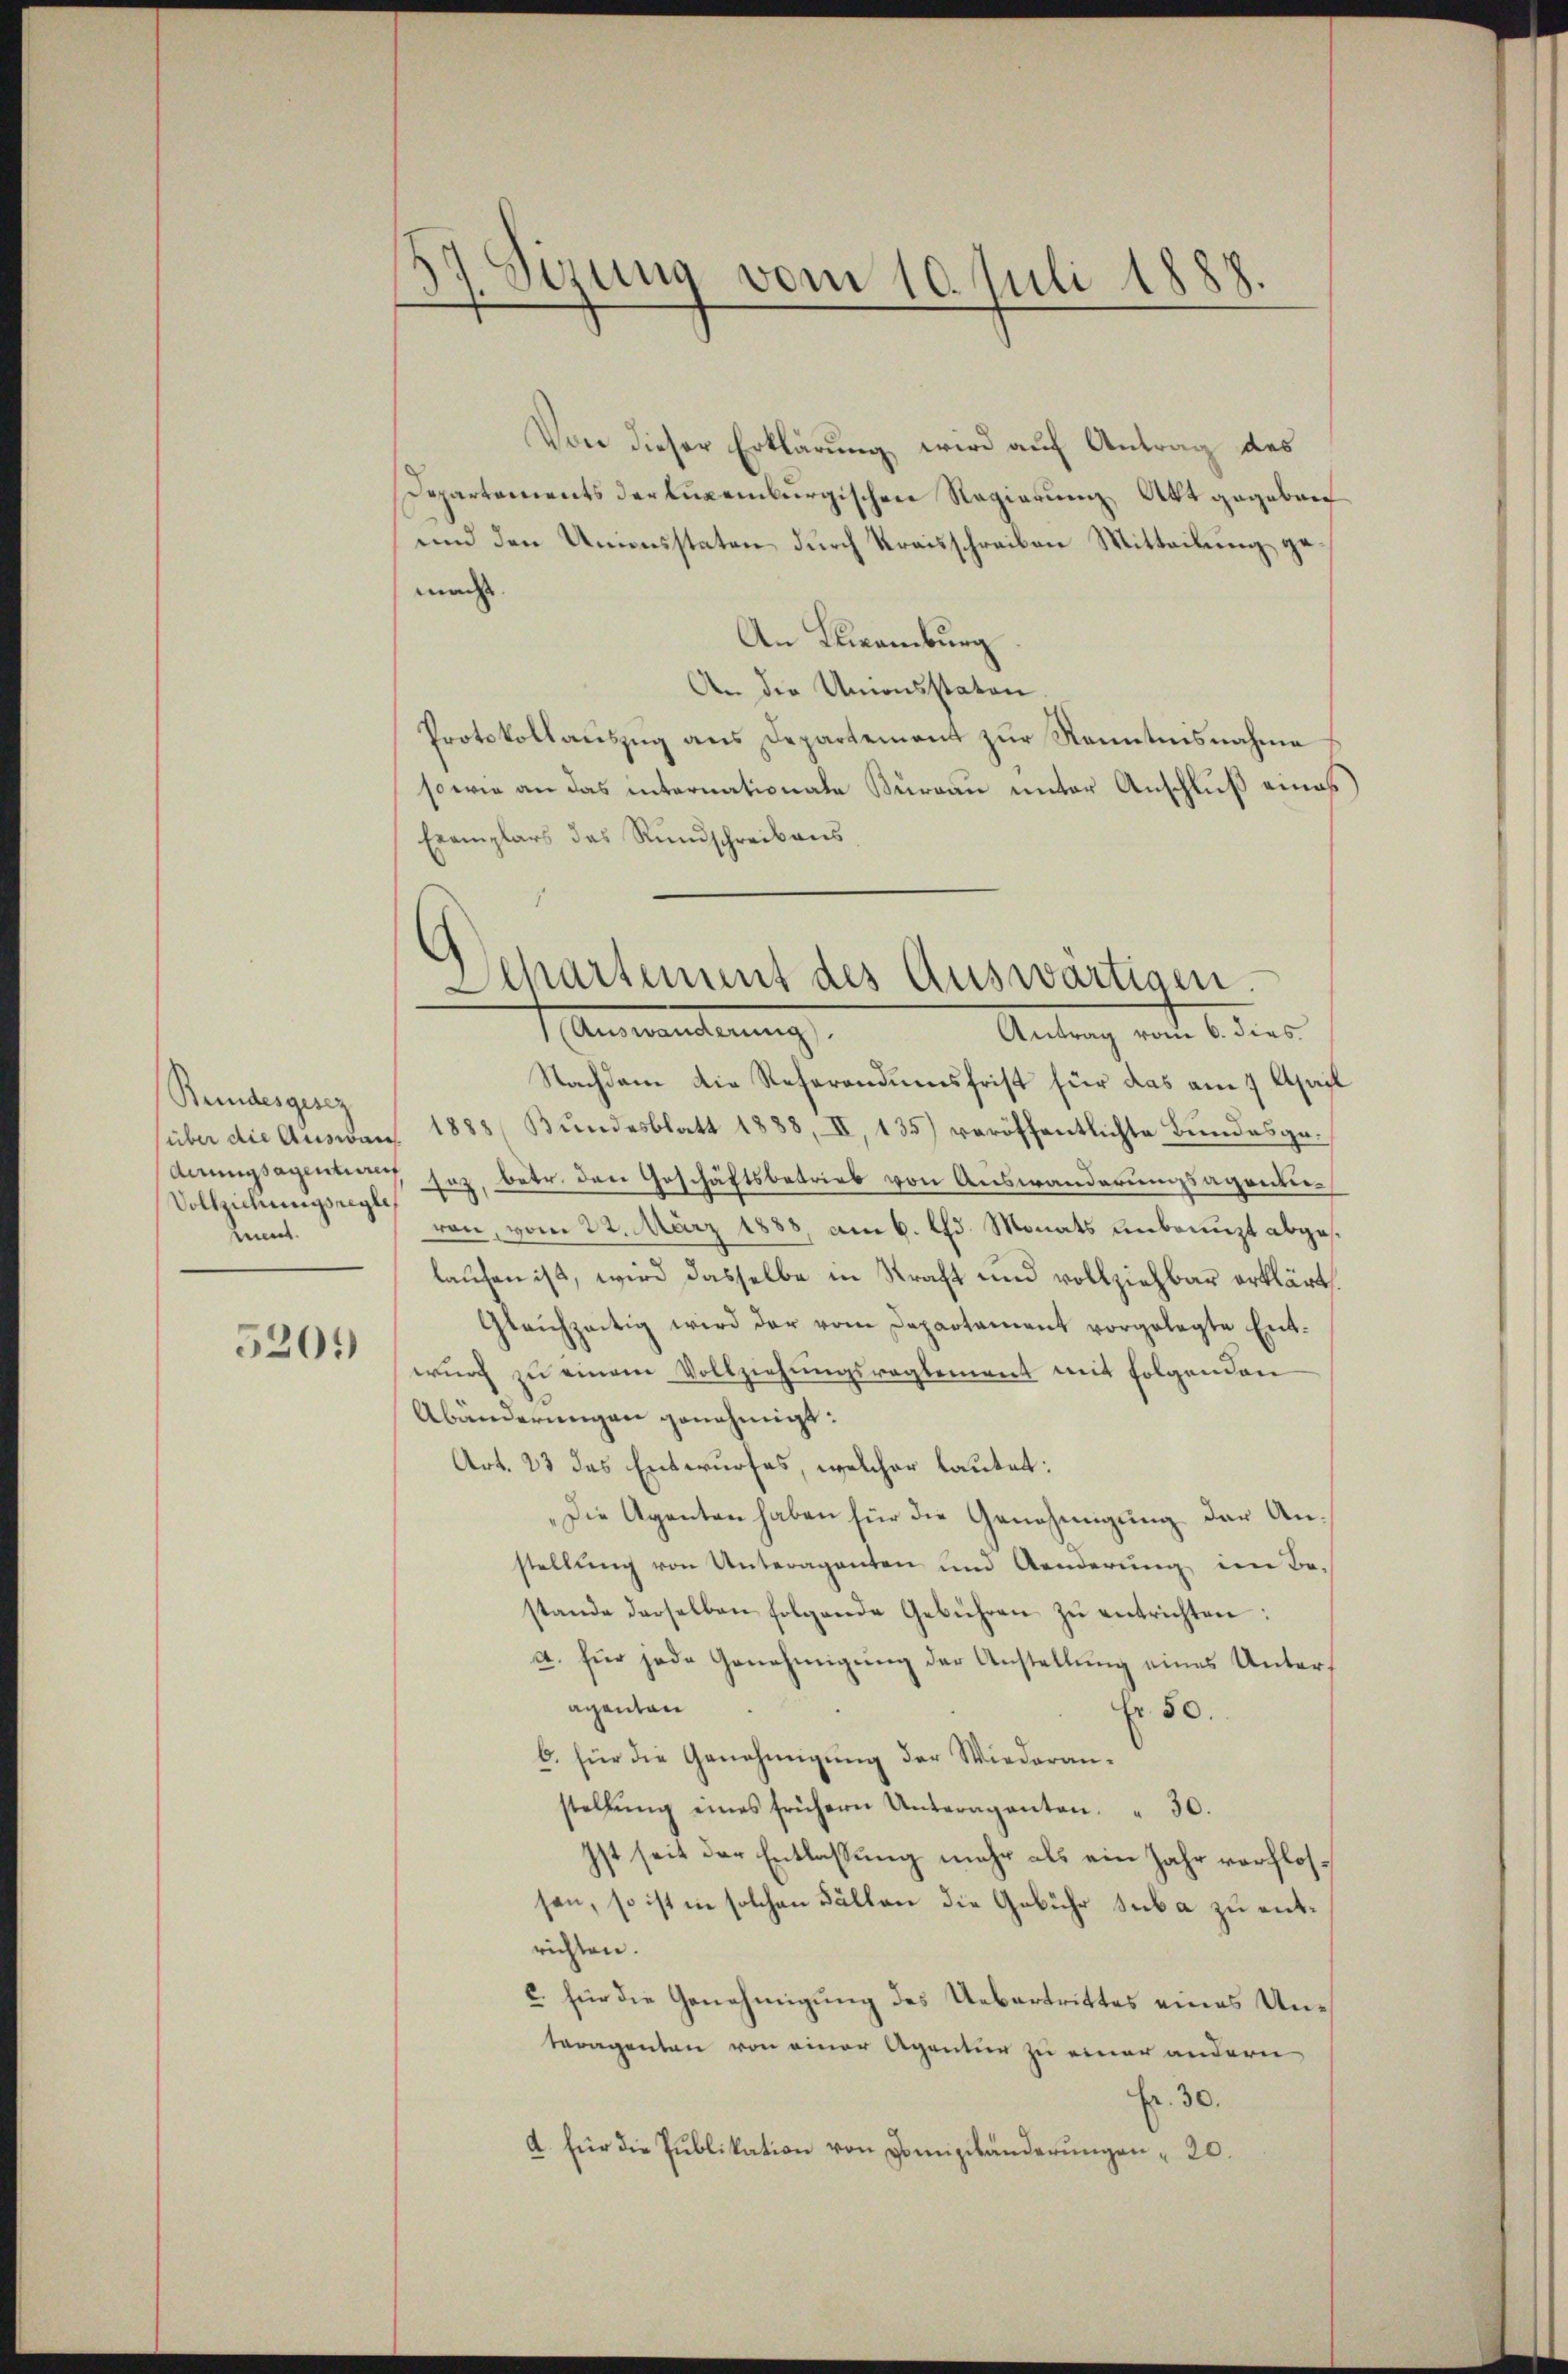
Bundesgesez
(über die Auswan
Vollziehungsregle
.

5201)

st
Sirung vom 10. Juli 1888.

Von dieser Erklärung wird auf Antrag des
Departements der Luxenburgischen Regierung, Akt gegeben
und den Unionsstaten durch Kraisschreiben Mitteilung gemacht
An Klamburg
An die Unionsstaten
Protokollaŭszŭg ans Departement zŭr Kenntnisnahme
sowie an das internationale Thurgau unter Anschluß eines
Exemplars das Rundschreibens

Departement des Auswärtigen.

Anwanderung
Antrag vom 6. dies
Nachdem die Referandumsfrist für das am 7. April
1883, Bundesblatt 1888, II, 135) veröffentlichte Bundesgederungsagentung sez. betr. den Geschäftsbetrieb von Auswanderungsagentiron, vom 22. März 1888, am 6. d. Monats unbenuzt abgeslaufen ist, wird dasselbe in Straft und vollziehbar erklärt
Gleichzeitig wird der vom Departament vorgelegte Ent-
wurf zu einem Vollziehungsreglement mit folgenden
Abänderungen genehmigt:
Art. 23 des Entwurfes, welcher lautet:
„Die Agenten haben für die Genehmigung der Anstellung von Unteragenten und Aenderung im Bestande derselben folgende Gebühren zŭ entrichten:
a. für jede Genehmigŭng der Anstellŭng eines Unteraganten
Fr. 50.
b. für die Genehmigung der Wiederanstellŭng eines frühern Unteraganten. " 30.
Ist seit der Entlassung mehr als ein Jahr verflossen, so ist in solchen Fällen die Gebühr suba zu entrichten.
c. für die Genehmigung des Uebertrittes eines Unteragenten von einer Agentur zu einer andern
Fr. 30.
a. für die Publikation von Domiziländerŭngen " 20.